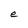
Character: e